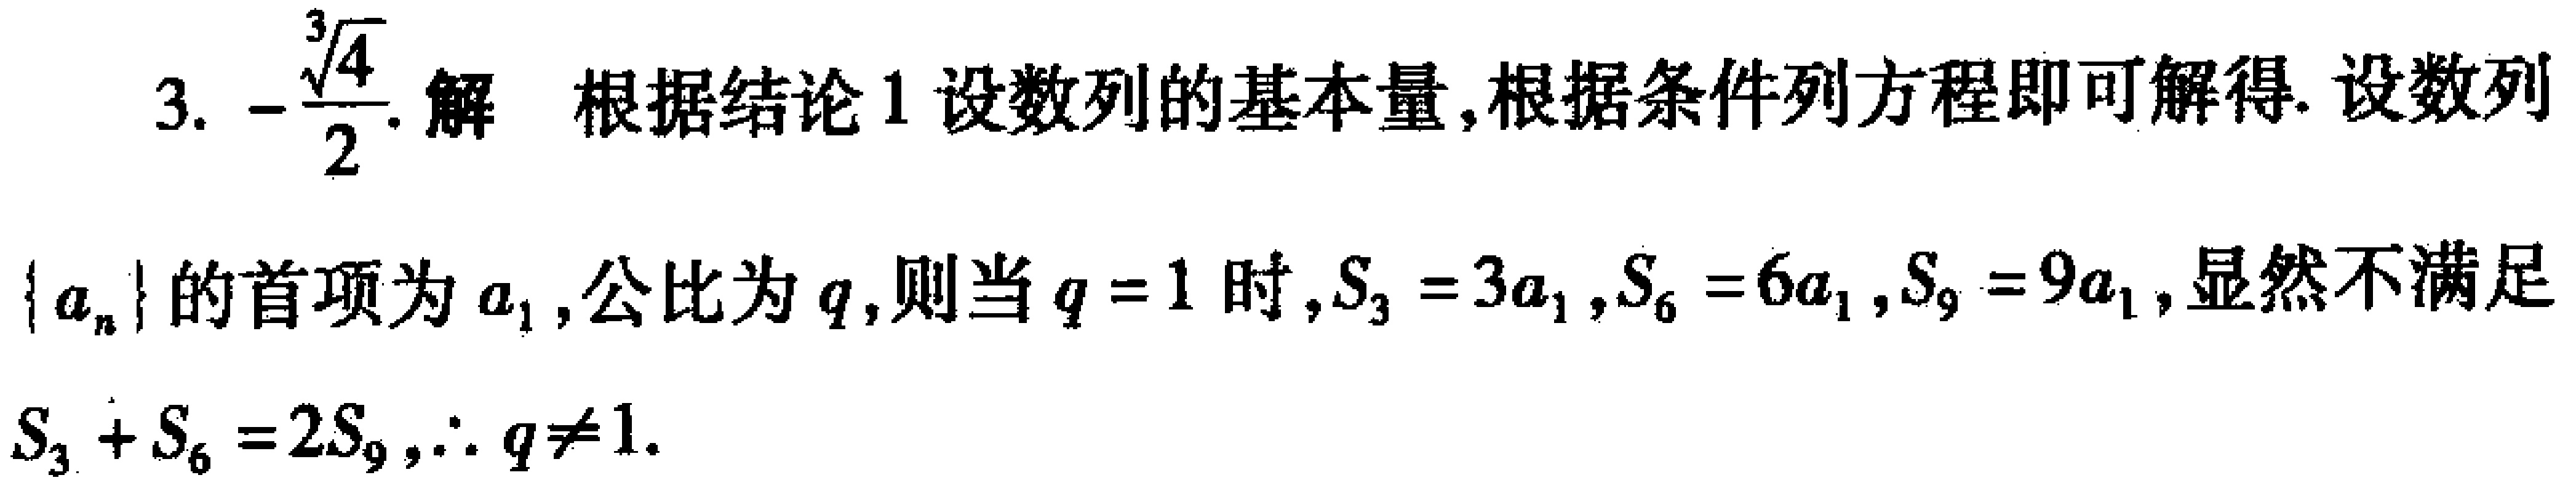
3. \(-\frac{\sqrt[3]{4}}{2}\). 解 根据结论1设数列的基本量,根据条件列方程即可解得. 设数列\(\{ a_{n}\}\)的首项为\(a_{1}\),公比为\(q\),则当\(q = 1\)时,\(S_{3}=3a_{1}\),\(S_{6}=6a_{1}\),\(S_{9}=9a_{1}\),显然不满足\(S_{3}+S_{6}=2S_{9}\),\(\therefore q\neq1\).